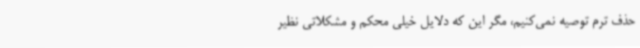
حذف ترم توصیه نمی‌کنیم، مگر این که دلایل خیلی محکم و مشکلاتی نظیر